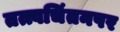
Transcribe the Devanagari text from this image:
तत्त्वचिंतनपर